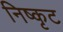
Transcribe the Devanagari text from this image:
निष्कृट